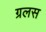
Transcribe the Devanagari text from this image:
ग्रलस